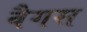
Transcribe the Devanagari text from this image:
वैगस